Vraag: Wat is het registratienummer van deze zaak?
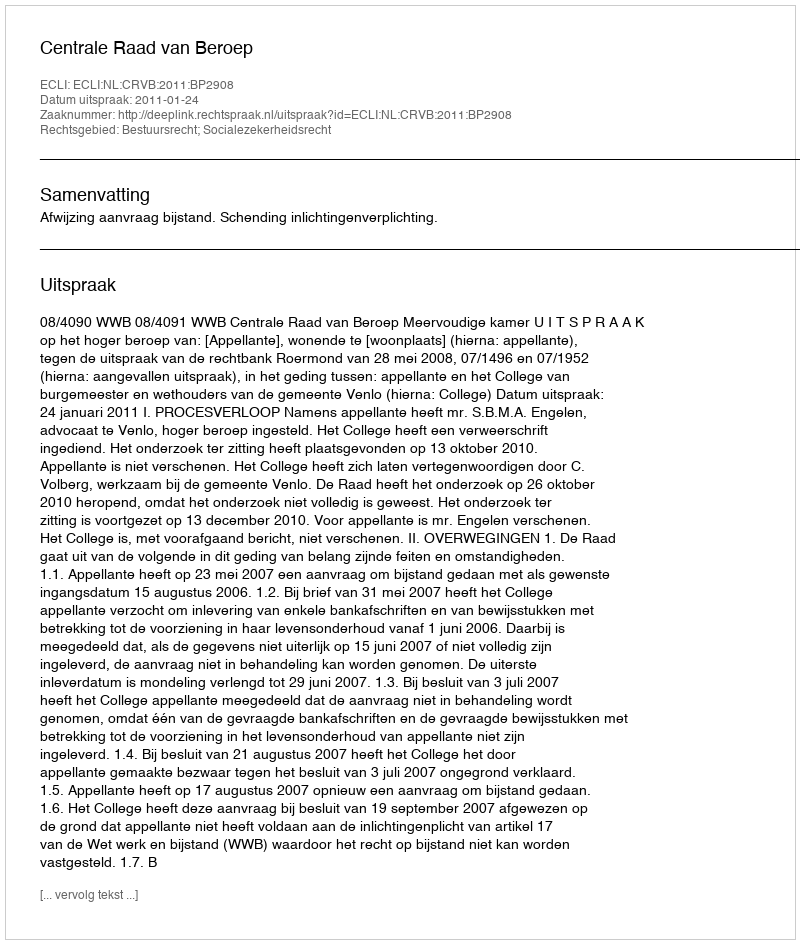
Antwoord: http://deeplink.rechtspraak.nl/uitspraak?id=ECLI:NL:CRVB:2011:BP2908